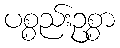
ပစ္စည်းဥစ္စာ